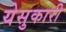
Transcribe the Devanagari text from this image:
येसुकारी